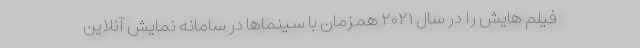
فیلم هایش را در سال ۲۰۲۱ همزمان با سینماها در سامانه نمایش آنلاین